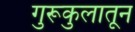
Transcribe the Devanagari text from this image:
गुरूकुलातून